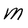
Character: M